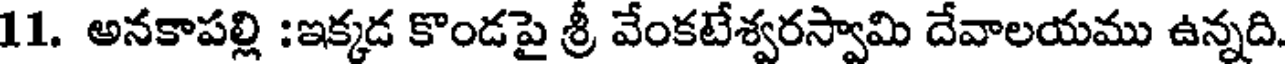
11. అనకాపల్లి :ఇక్కడ కొండపై శ్రీ వేంకటేశ్వరస్వామి దేవాలయము ఉన్నది